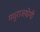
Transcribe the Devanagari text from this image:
मधुराजयोगी